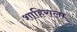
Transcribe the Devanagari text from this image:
शाहिराला